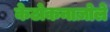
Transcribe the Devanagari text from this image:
केटोकनाज़ोले